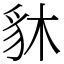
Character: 䝗